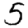
Digit: 5